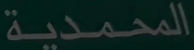
المحمدية